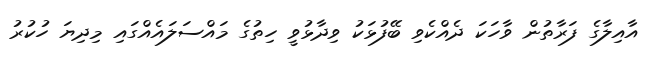
އާއިލާގެ ފަރާތުން ވާހަކަ ދެއްކެވި ބޭފުޅަކު ވިދާޅުވީ ހިތުގެ މައްސަލައެއްގައި މިދިޔަ ހުކުރު